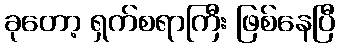
ခုတော့ ရှက်စရာကြီး ဖြစ်နေပြီ